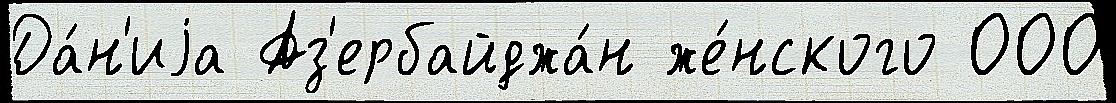
Да́н'иjа Аз'ербайджа́н же́нского 000